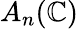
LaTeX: A_{n}(\mathbb{C})